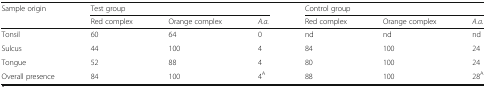
| <ROWSPAN=2> Sample origin | <COLSPAN=3> Test group | <COLSPAN=3> Control group |
 | Red complex | Orange complex | A.a. | Red complex | Orange complex | A.a. |
 | --- | --- | --- | --- | --- | --- | --- |
 | Tonsil | 60 | 64 | 0 | nd | nd | nd |
 | Sulcus | 44 | 100 | 4 | 84 | 100 | 24 |
 | Tongue | 52 | 88 | 4 | 80 | 100 | 24 |
 | Overall presence | 84 | 100 | 4A | 88 | 100 | 28A |